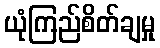
ယုံကြည်စိတ်ချမှု